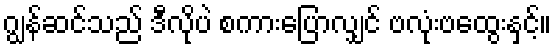
ဂျွန်ဆင်သည် ဒီလိုပဲ စကားပြောလျှင် ဗလုံးဗထွေးနှင့်။